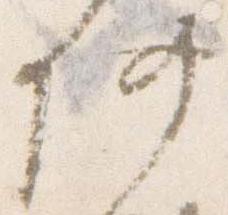
供